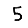
Digit: 5